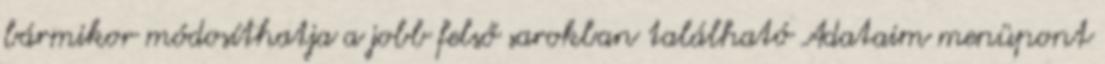
bármikor módosíthatja a jobb felső sarokban található Adataim menüpont